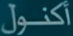
أكنول